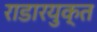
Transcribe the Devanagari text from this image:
राडारयुक्त